Leningradi_Edasi_toimetus, lk 85
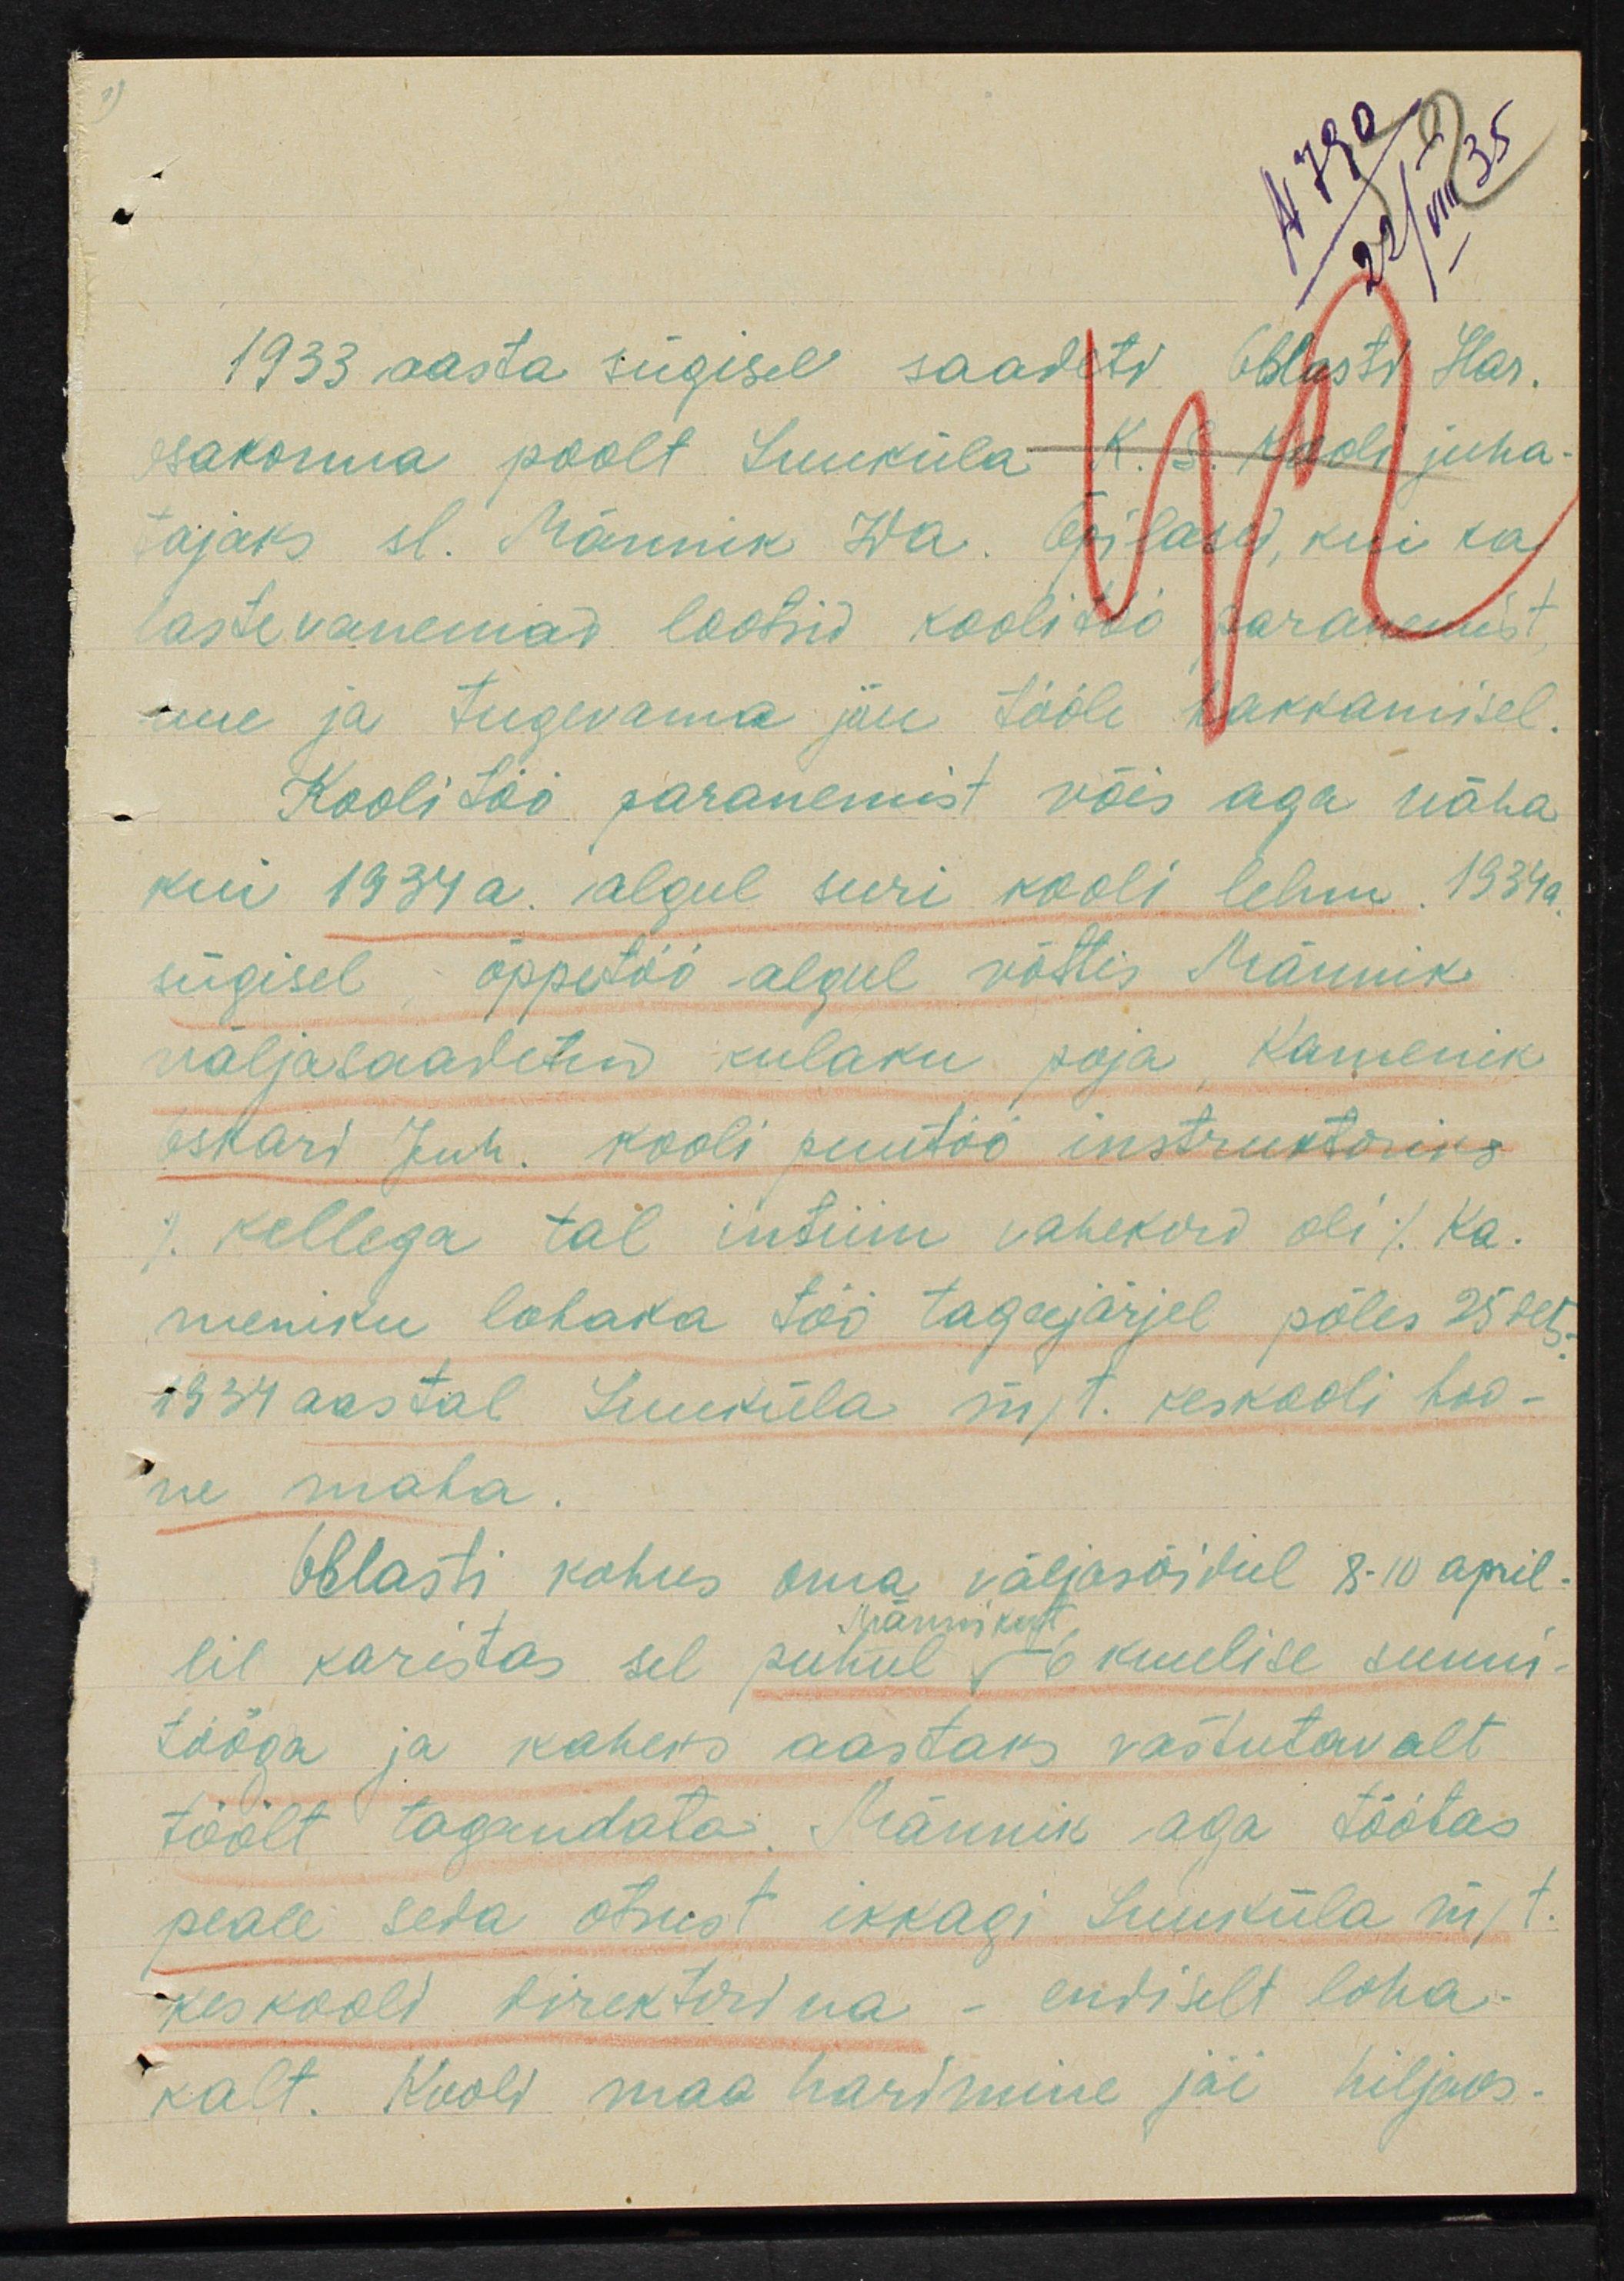
1933 aasta sügisel saadeti Oblasti Har.
osakonna poolt Luuküla-K.S. Kooli juha-
tajaks sl. Märnik Wa. Õpilased, kui ka
lastevanemad lootsid koolitöö paranemist
uue ja tugevama jõu tööle hakkamisel.
Koolitöö paranemist võis aga näha
kui 1934 a. algul suri kooli lehm. 1934 a.
sügisel, õppetöö algul võttis Männik,
väljasaadetud kulaku poja Kamenik
oskari Juh. kooli puutöö instruktoriks
1) kellega tal intiim vahekord oli / Ka.
meniku lohaka töö tagajärjel põles 25 dets.
1934 aastal Luuküla mjt. keskooli hoo-
ne maha.
Oblasti kohus oma väljasõidul 8-10 april-
Männikule
lil karistas sel puhul 6 kuulise sunni-
tööga ja kaheks aastaks vastutavalt
töölt tagandata. Männik aga töötas
peale seda otsust ikkagi Luuküla m/t
keskooli direktorina - endiselt loha-
kalt. Kooli maa harimine jäi hiljaks.